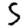
Digit: 5